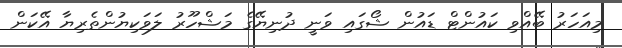
މިއަހަރު ބޭއްވި ކައުންޓް ޑައުން ޝޯގައި ވަނީ ދުނިޔޭގެ މަޝްހޫރު ލަވަކިޔުންތެރިޔާ އޭކަން